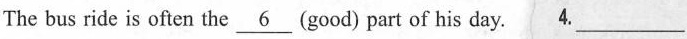
The bus ride is often the \underline{6}